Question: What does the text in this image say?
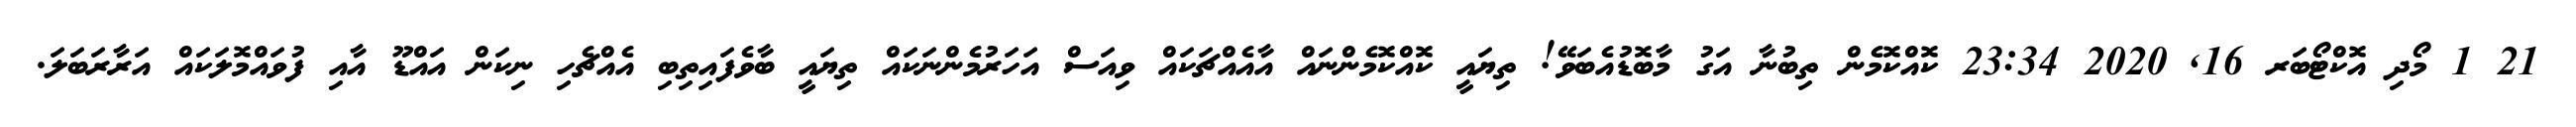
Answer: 21 1 މޯދި އޮކްޓޯބަރ 16, 2020 23:34 ކޮއްކޮމެން ތިބުނާ އަގު މާބޮޑުއެބަވޭ! ތިޔައީ ކޮއްކޮމެންނައް އާއެއްޗަކައް ވިއަސް އަހަރުމެންނަކައް ތިޔައީ ބާވެފައިތިބި އެއްޗެހި ނިކަން އައްޑޫ އާއި ފުވައްމޮލަކައް އަރާރަބަލަ.